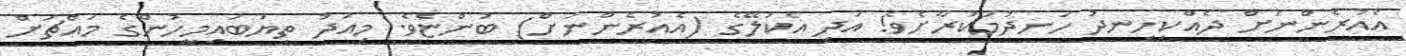
އެއުރެންނަށް ދެއްކިހިނދު ހަނދުމަކުރާށެވެ! އަދި އެކަލޭގެ (އެއުރެންނަށް) ބުންޏެވެ. މިއަދު ތިޔަބައިމީހުންގެ މައްޗަށް